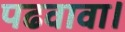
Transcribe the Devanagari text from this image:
पढवावा।